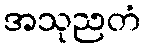
အသုညတံ